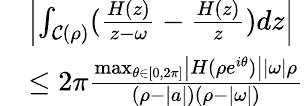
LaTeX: \begin{array}{r}{\begin{array}{rl}&{\left|{\int_{\mathcal{C}(\rho)}(\frac{H(z)}{z-\omega}-\frac{H(z)}{z})}dz\right|}\\ &{\leq 2\pi\frac{\operatorname*{max}_{\theta\in[0,2\pi]}\left|H(\rho e^{i\theta})\right||\omega|\rho}{(\rho-|a|)(\rho-|\omega|)}}\end{array}}\end{array}